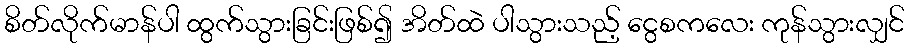
စိတ်လိုက်မာန်ပါ ထွက်သွားခြင်းဖြစ်၍ အိတ်ထဲ ပါသွားသည့် ငွေစကလေး ကုန်သွားလျှင်